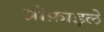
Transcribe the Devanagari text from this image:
प्रोफ़ाइलें